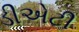
ડીએટી